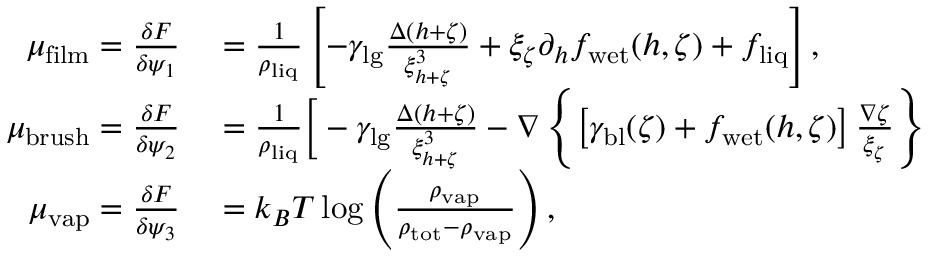
\begin{array} { r l } { \mu _ { \mathrm { f i l m } } = \frac { \delta F } { \delta \psi _ { 1 } } } & { { } = \frac { 1 } { \rho _ { \mathrm { l i q } } } \left[ - \gamma _ { \mathrm { l g } } \frac { \Delta ( h + \zeta ) } { \xi _ { h + \zeta } ^ { 3 } } + \xi _ { \zeta } \partial _ { h } f _ { \mathrm { w e t } } ( h , \zeta ) + f _ { \mathrm { l i q } } \right] , } \\ { \mu _ { \mathrm { b r u s h } } = \frac { \delta F } { \delta \psi _ { 2 } } } & { { } = \frac { 1 } { \rho _ { \mathrm { l i q } } } \bigg [ - \gamma _ { \mathrm { l g } } \frac { \Delta ( h + \zeta ) } { \xi _ { h + \zeta } ^ { 3 } } - \nabla \left\{ \left[ \gamma _ { \mathrm { b l } } ( \zeta ) + f _ { \mathrm { w e t } } ( h , \zeta ) \right] \frac { \nabla \zeta } { \xi _ { \zeta } } \right\} } \\ { \mu _ { \mathrm { v a p } } = \frac { \delta F } { \delta \psi _ { 3 } } } & { { } = k _ { B } T \log \left( \frac { \rho _ { \mathrm { v a p } } } { \rho _ { \mathrm { t o t } } - \rho _ { \mathrm { v a p } } } \right) , } \end{array}